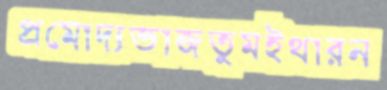
প্রমোদ্যভাজতুমইথারন